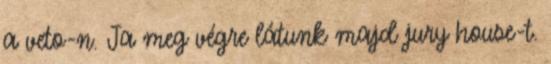
a veto-n. Ja meg végre látunk majd jury house-t.